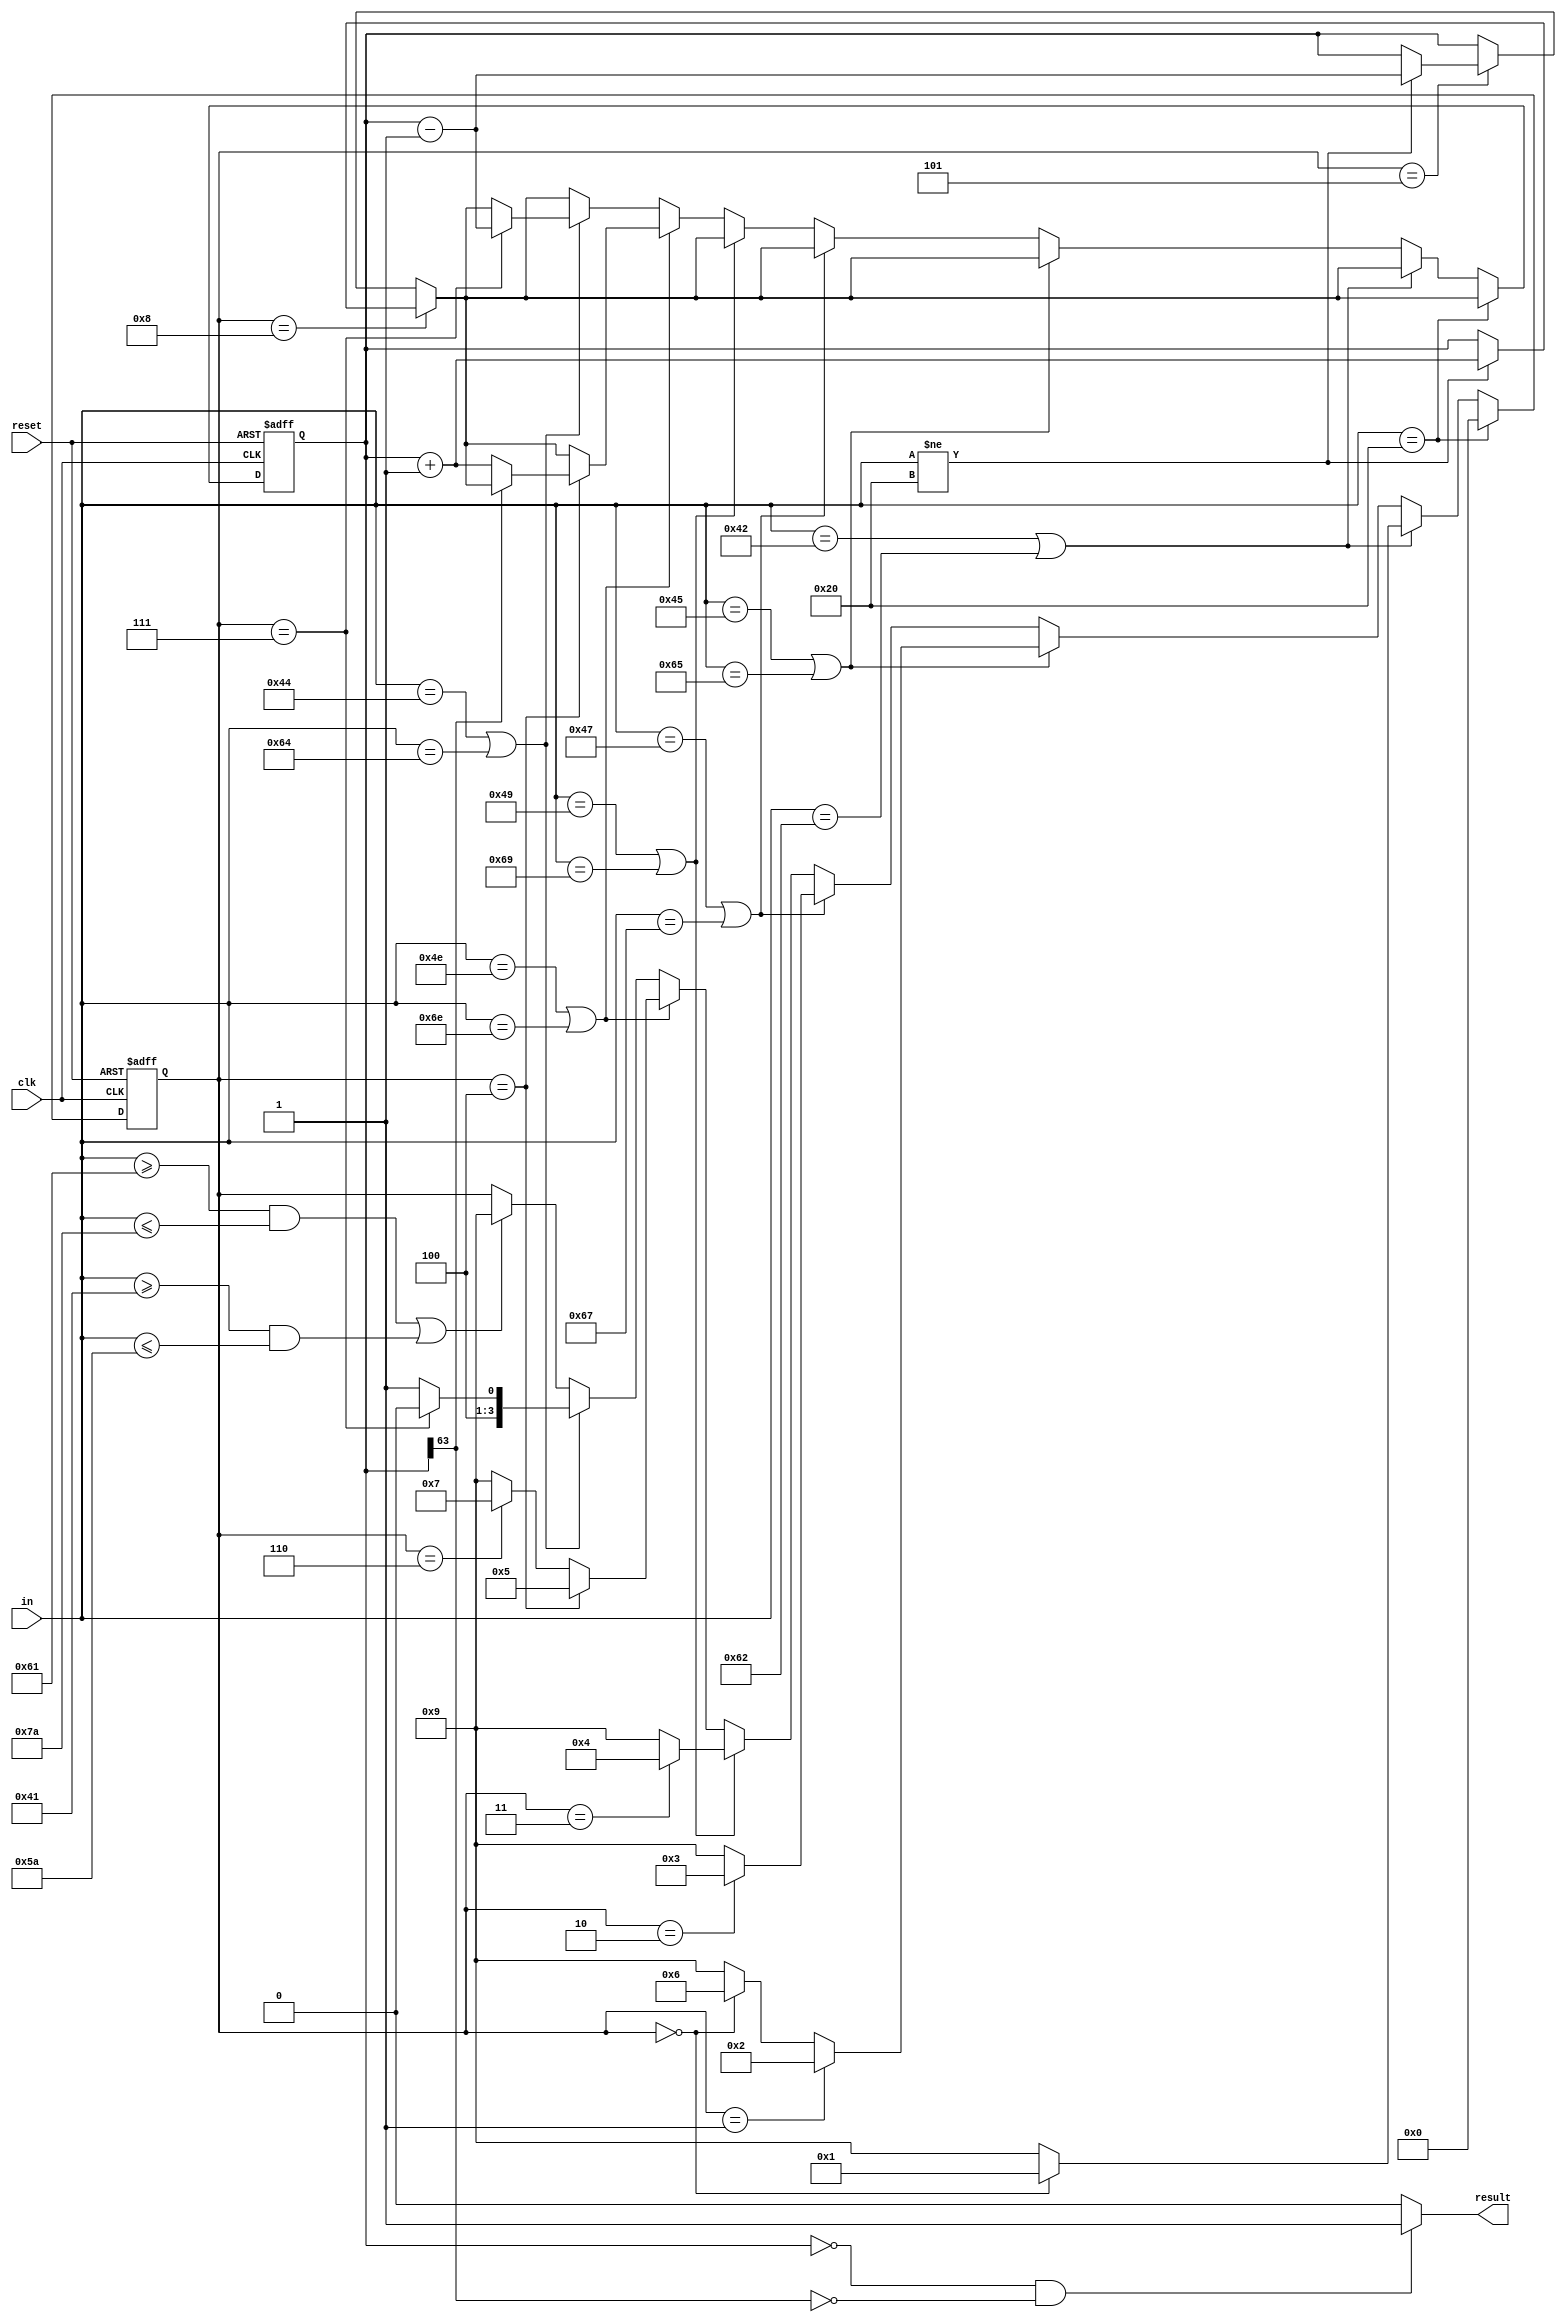
`timescale 1ns / 1ps
`define S0 4'b0000
`define S1 4'b0001
`define S2 4'b0010
`define S3 4'b0011
`define S4 4'b0100
`define S5 4'b0101
`define S6 4'b0110
`define S7 4'b0111
`define S8 4'b1000
`define S9 4'b1001
module BlockChecker(
    input clk,
    input reset,
    input [7:0] in,
    output result
    );
    reg [63:0] stack;
    reg [3:0] state;
    reg error;

    initial begin
        stack = 0;
        state = `S0;
        error = 0;
    end

    assign result = (stack == 0 && stack[63] == 0) ? 1 : 0;

    always @(posedge clk, posedge reset) begin
        if (reset == 1) begin
            stack <= 0;
            state <= `S0;
            error <= 0;
        end else begin
            if (state == `S8) begin
                if (in != " ") begin
                    stack <= stack + 1;
                end
            end else if (state == `S5) begin
                if (in != " ") begin
                    stack <= stack - 1;
                end
            end
            if (in == " ") begin
                state <= `S0;
            end else if (in == "B" || in == "b") begin
                if (state == `S0) begin
                    state <= `S1;
                end else begin
                    state <= `S9;
                end
            end else if (in == "E" || in == "e") begin
                if (state == `S1) begin
                    state <= `S2;
                end else if (state == `S0) begin
                    state <= `S6;
                end else begin
                    state <= `S9;
                end
            end else if (in == "G" || in == "g") begin
                if (state == `S2) begin
                    state <= `S3;
                end else begin
                    state <= `S9;
                end
            end else if (in == "I" || in == "i") begin
                if (state == `S3) begin
                    state <= `S4;
                end else begin
                    state <= `S9;
                end
            end else if (in == "N" || in == "n") begin
                if (state == `S4) begin
                    state <= `S5;
                    if (stack[63] == 0) begin
                        stack <= stack + 1;
                    end
                end else if (state == `S6) begin
                    state <= `S7;
                end else begin
                    state <= `S9;
                end
            end else if (in == "D" || in == "d") begin
                if (state == `S7) begin
                    state <= `S8;
                    stack <= stack - 1;
                end else begin
                    state <= `S9;
                end
            end else if (in >= "a" && in <= "z" || in >= "A" && in <= "Z")begin
                state <= `S9;
            end
            end 
        end
    
endmodule